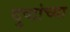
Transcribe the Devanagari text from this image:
दुष्टांच्या